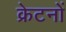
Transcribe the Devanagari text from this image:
क्रेटनों